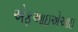
એફઆઇએઆઇ